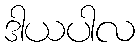
ဒါယပါလ